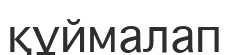
құймалап